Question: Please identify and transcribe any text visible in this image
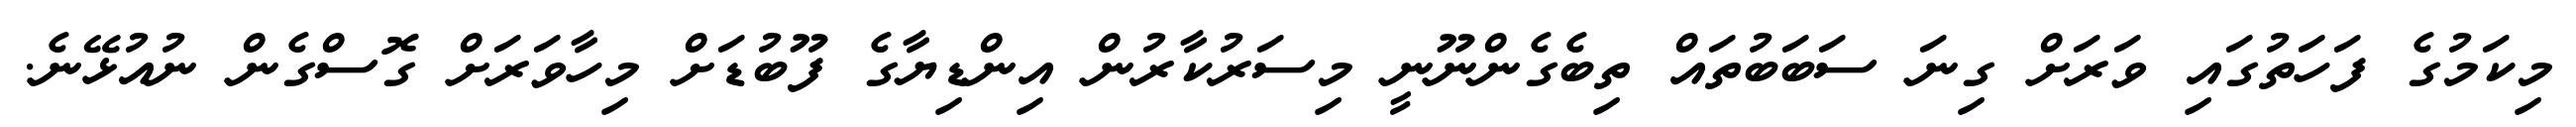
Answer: މިކަމުގެ ފަހަތުގައި ވަރަށް ގިނަ ސަބަބުތައް ތިބެގެންނޫނީ މިސަރުކާރުން އިންޑިޔާގެ ފޫބުޑަށް މިހާވަރަށް ގޮސްގެން ނުއުޅޭނެ.